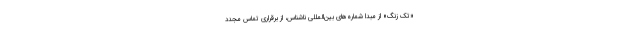
«تک زنگ» از مبدا شماره‌های بین‌المللی ناشناس، از برقراری تماس مجدد